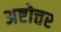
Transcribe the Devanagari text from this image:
अष्टोत्तर